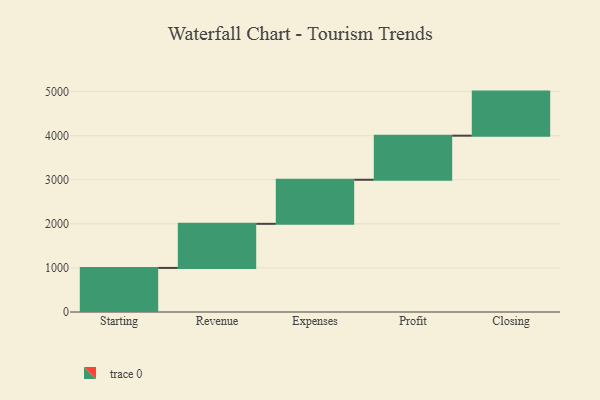
{"axis": {"x": "Step", "y": "Value"}, "legend": [""], "data": [{"x": "Starting", "y": 1000, "type": ""}, {"x": "Revenue", "y": 1000, "type": ""}, {"x": "Expenses", "y": 1000, "type": ""}, {"x": "Profit", "y": 1000, "type": ""}, {"x": "Closing", "y": 1000, "type": ""}]}